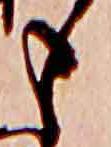
も